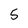
Character: 5